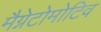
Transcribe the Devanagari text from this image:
मैग्नेटोमोटिव